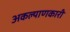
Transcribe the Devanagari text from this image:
अकल्याणकारी